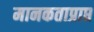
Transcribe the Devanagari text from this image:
मानकताप्राप्त